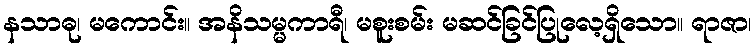
နသာဓု၊ မကောင်း။ အနိသမ္မကာရီ၊ မစူးစမ်း မဆင်ခြင်ပြုလေ့ရှိသော။ ရာဇာ၊